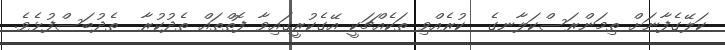
ކަލޭގެފާނަށް ތިމަންރަސްކަލާނގެ  ކުރެއްވި ތަކެއްޗަކީ އޭގެކުރީގައިވާ ފޮތްތައް ތެދުކުރާ  ތެދުބަސްފުޅެވެ.